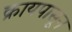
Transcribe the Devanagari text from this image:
क्रायपासून